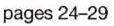
pages 24-29